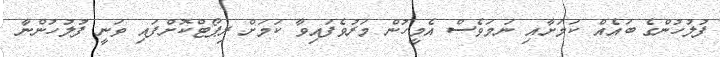
ފުލުހުންގެ ބައެއް ކަމަށާއި ނަމަވެސް އެމީހުން މަރުވެފައިވާ ކަމަށް ރިޕޯޓްކޮށްފައި ވަނީ ފުލުހުންނާ